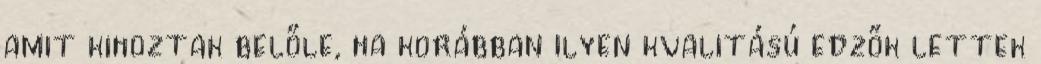
amit kihoztak belőle, ha korábban ilyen kvalitású edzők lettek